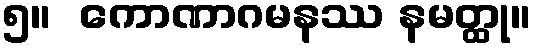
၅။  ကောဏာဂမနဿ နမတ္ထု။